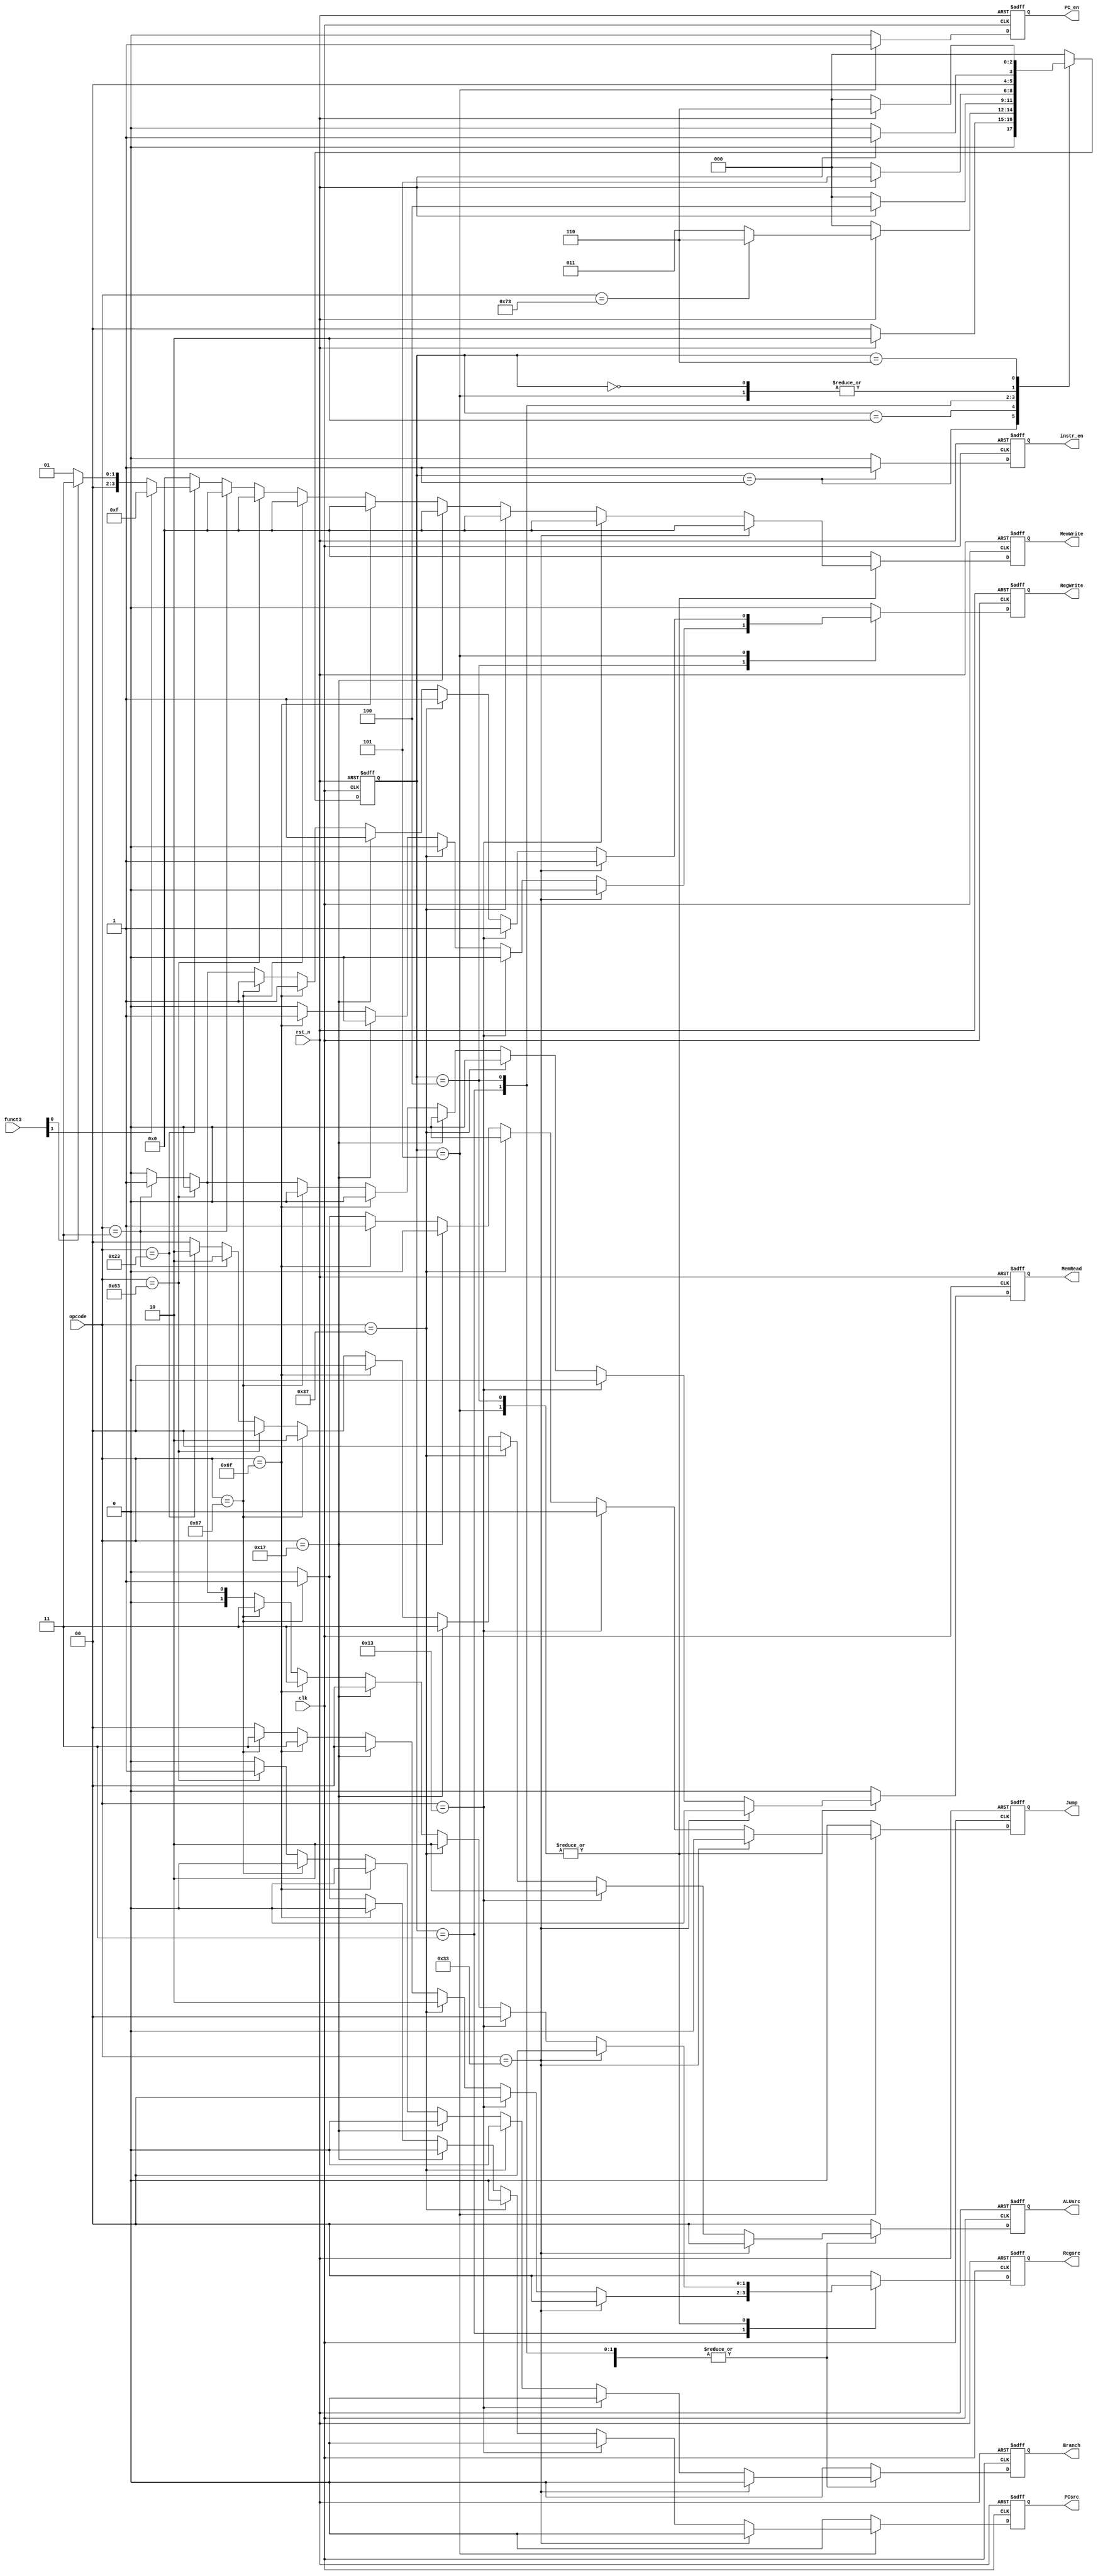
`timescale 1ns / 1ps
//////////////////////////////////////////////////////////////////////////////////
// Company: 
// Engineer: 
// 
// Design Name: 
// Module Name: processor_ctrl
// Project Name: 
// Target Devices: 
// Tool Versions: 
// Description: 
// 
// Dependencies: 
// 
// Revision:
// Revision 0.01 - File Created
// Additional Comments:
// 
//////////////////////////////////////////////////////////////////////////////////


module processor_ctrl(
    clk,
    rst_n,
    opcode,
    funct3,
    Branch,
    Jump,
    MemRead,
    Regsrc,
    MemWrite,
    PCsrc,
    ALUsrc,
    RegWrite,
    PC_en,
    instr_en
);

input   wire            clk;
input   wire            rst_n;
input   wire    [6:0]   opcode;
input   wire    [2:0]   funct3;

output  reg             Branch;
output  reg             Jump;
output  reg             MemRead;
output  reg     [1:0]   Regsrc;
output  reg     [3:0]   MemWrite;
output  reg             PCsrc;
output  reg     [1:0]   ALUsrc;
output  reg             RegWrite;
output  reg             PC_en;
output  reg             instr_en;


reg                     Branch_tmp;
reg                     Jump_tmp;
reg                     PCsrc_tmp;
reg                     MemRead_tmp;
reg             [1:0]   Regsrc_tmp;
reg             [3:0]   MemWrite_tmp;
reg             [1:0]   ALUsrc_tmp;
reg                     RegWrite_tmp;
reg                     PC_en_tmp;
reg                     instr_en_tmp;


//////////////////////////////////////////////////////////////////////////////////
//FSM
//////////////////////////////////////////////////////////////////////////////////
reg             [2:0]   state;
reg             [2:0]   next_state;

parameter INIT  = 3'b000;
parameter IF    = 3'b001;
parameter ID    = 3'b010;
parameter EX    = 3'b011;
parameter MEM   = 3'b100;
parameter WB    = 3'b101;
parameter HALT  = 3'b110;


always @(posedge clk or negedge rst_n) begin
    if(!rst_n)
        state   <= IF;
    else
        state   <= next_state;
end

//////////////////////////////////////////////////////////////////////////////////
//Ctrl
//////////////////////////////////////////////////////////////////////////////////
always @(*) begin
    case(state)
        INIT: begin
            Branch_tmp      = 1'b0;
            Jump_tmp        = 1'b0;
            PCsrc_tmp       = 1'b0;
            MemRead_tmp     = 1'b0;
            Regsrc_tmp      = 2'b00;
            MemWrite_tmp    = 4'b0000;
            ALUsrc_tmp      = 1'b0;
            RegWrite_tmp    = 1'b0;
            PC_en_tmp       = 1'b0;
            instr_en_tmp    = 1'b0;
        end
        IF: begin
            Branch_tmp      = 1'b0;
            Jump_tmp        = 1'b0;
            PCsrc_tmp       = 1'b0;
            MemRead_tmp     = 1'b0;
            Regsrc_tmp      = 2'b00;
            MemWrite_tmp    = 4'b0000;
            ALUsrc_tmp      = 1'b0;
            RegWrite_tmp    = 1'b0;
            PC_en_tmp       = 1'b0;
            instr_en_tmp    = 1'b1;
        end
        ID: begin
            Branch_tmp      = 1'b0;
            Jump_tmp        = 1'b0;
            PCsrc_tmp       = 1'b0;
            MemRead_tmp     = 1'b0;
            Regsrc_tmp      = 2'b00;
            MemWrite_tmp    = 4'b0000;
            ALUsrc_tmp      = 1'b0;
            RegWrite_tmp    = 1'b0;
            PC_en_tmp       = 1'b0;
            instr_en_tmp    = 1'b0;
        end
        EX: begin
            PC_en_tmp       = 1'b0;
            instr_en_tmp    = 1'b0;
            if(opcode == 7'b0110011) begin                               //Rtype
                Branch_tmp      = 1'b0;
                Jump_tmp        = 1'b0;
                PCsrc_tmp       = 1'b0;
                MemRead_tmp     = 1'b0;
                Regsrc_tmp      = 2'b00;
                MemWrite_tmp    = 4'b0000;
                ALUsrc_tmp      = 2'b00;         //op2 from regfile
                RegWrite_tmp    = 1'b0;
            end
            else if(opcode == 7'b0010011) begin                          //Itype
                Branch_tmp      = 1'b0;
                Jump_tmp        = 1'b0;
                PCsrc_tmp       = 1'b0;
                MemRead_tmp     = 1'b0;
                Regsrc_tmp      = 2'b00;
                MemWrite_tmp    = 4'b0000;
                ALUsrc_tmp      = 2'b10;         //op2 from immgen
                RegWrite_tmp    = 1'b0;
            end
            else if(opcode == 7'b0110111) begin                          //LUI
                Branch_tmp      = 1'b0;
                Jump_tmp        = 1'b0;
                PCsrc_tmp       = 1'b0;
                MemRead_tmp     = 1'b0;
                Regsrc_tmp      = 2'b10;        //select immgen
                MemWrite_tmp    = 4'b0000;
                ALUsrc_tmp      = 1'b0;
                RegWrite_tmp    = 1'b0;            
            end
            else if(opcode == 7'b0010111) begin                          //AUIPC
                Branch_tmp      = 1'b0;
                Jump_tmp        = 1'b0;
                PCsrc_tmp       = 1'b0;
                MemRead_tmp     = 1'b0;
                Regsrc_tmp      = 2'b00;        //select pcadder
                MemWrite_tmp    = 4'b0000;
                ALUsrc_tmp      = 2'b11;        //op1-pc, op2-imm
                RegWrite_tmp    = 1'b0;            
            end
            else if(opcode == 7'b1101111) begin                          //JAL
                Branch_tmp      = 1'b0;
                Jump_tmp        = 1'b0;
                PCsrc_tmp       = 1'b0;
                MemRead_tmp     = 1'b0;
                Regsrc_tmp      = 2'b11;        //select pc+4
                MemWrite_tmp    = 4'b0000;
                ALUsrc_tmp      = 2'b00;
                RegWrite_tmp    = 1'b0;
            end
            else if(opcode == 7'b1100111) begin                          //JALR
                Branch_tmp      = 1'b0;
                Jump_tmp        = 1'b0;
                PCsrc_tmp       = 1'b0;
                MemRead_tmp     = 1'b0;
                Regsrc_tmp      = 2'b11;        //select pc+4
                MemWrite_tmp    = 4'b0000;
                ALUsrc_tmp      = 2'b10;         //op2 from imm
                RegWrite_tmp    = 1'b0;            
            end
            else if(opcode == 7'b1100011) begin                          //Branch_tmp
                Branch_tmp      = 1'b1;
                Jump_tmp        = 1'b0;
                PCsrc_tmp       = 1'b0;
                MemRead_tmp     = 1'b0;
                Regsrc_tmp      = 2'b00;
                MemWrite_tmp    = 4'b0000;
                ALUsrc_tmp      = 2'b00;
                RegWrite_tmp    = 1'b0;            
            end
            else if(opcode == 7'b0000011) begin                          //Load
                Branch_tmp      = 1'b0;
                Jump_tmp        = 1'b0;
                PCsrc_tmp       = 1'b0;
                MemRead_tmp     = 1'b0;
                Regsrc_tmp      = 2'b00;
                MemWrite_tmp    = 4'b0000;
                ALUsrc_tmp      = 2'b10;
                RegWrite_tmp    = 1'b0;            
            end
            else if(opcode == 7'b0100011) begin                          //Save
                Branch_tmp      = 1'b0;
                Jump_tmp        = 1'b0;
                PCsrc_tmp       = 1'b0;
                MemRead_tmp     = 1'b0;
                Regsrc_tmp      = 2'b00;
                MemWrite_tmp    = 4'b0000;
                ALUsrc_tmp      = 2'b10;
                RegWrite_tmp    = 1'b0;           
            end
            else if(opcode == 7'b0001111) begin                          //Fence
                Branch_tmp      = 1'b0;
                Jump_tmp        = 1'b0;
                PCsrc_tmp       = 1'b0;
                MemRead_tmp     = 1'b0;
                Regsrc_tmp      = 2'b00;
                MemWrite_tmp    = 4'b0000;
                ALUsrc_tmp      = 2'b00;
                RegWrite_tmp    = 1'b0;            
            end
            else begin
                Branch_tmp      = 1'b0;
                Jump_tmp        = 1'b0;
                PCsrc_tmp       = 1'b0;
                MemRead_tmp     = 1'b0;
                Regsrc_tmp      = 2'b00;
                MemWrite_tmp    = 4'b0000;
                ALUsrc_tmp      = 2'b00;
                RegWrite_tmp    = 1'b0;
            end
        end
        MEM: begin
            PC_en_tmp       = 1'b0;
            instr_en_tmp    = 1'b0;
            if(opcode == 7'b0110011) begin                               //Rtype
                Branch_tmp      = 1'b0;
                Jump_tmp        = 1'b0;
                PCsrc_tmp       = 1'b0;
                MemRead_tmp     = 1'b0;
                Regsrc_tmp      = 2'b00;
                MemWrite_tmp    = 4'b0000;
                ALUsrc_tmp      = 2'b00;         //op2 from regfile
                RegWrite_tmp    = 1'b0;
            end
            else if(opcode == 7'b0010011) begin                          //Itype
                Branch_tmp      = 1'b0;
                Jump_tmp        = 1'b0;
                PCsrc_tmp       = 1'b0;
                MemRead_tmp     = 1'b0;
                Regsrc_tmp      = 2'b00;
                MemWrite_tmp    = 4'b0000;
                ALUsrc_tmp      = 2'b10;         //op2 from immgen
                RegWrite_tmp    = 1'b0;
            end
            else if(opcode == 7'b0110111) begin                          //LUI
                Branch_tmp      = 1'b0;
                Jump_tmp        = 1'b0;
                PCsrc_tmp       = 1'b0;
                MemRead_tmp     = 1'b0;
                Regsrc_tmp      = 2'b10;        //select immgen
                MemWrite_tmp    = 4'b0000;
                ALUsrc_tmp      = 2'b00;
                RegWrite_tmp    = 1'b0;            
            end
            else if(opcode == 7'b0010111) begin                          //AUIPC
                Branch_tmp      = 1'b0;
                Jump_tmp        = 1'b0;
                PCsrc_tmp       = 1'b0;
                MemRead_tmp     = 1'b0;
                Regsrc_tmp      = 2'b00;        //select pcadder
                MemWrite_tmp    = 4'b0000;
                ALUsrc_tmp      = 2'b11;
                RegWrite_tmp    = 1'b0;            
            end
            else if(opcode == 7'b1101111) begin                          //JAL
                Branch_tmp      = 1'b0;
                Jump_tmp        = 1'b0;
                PCsrc_tmp       = 1'b0;
                MemRead_tmp     = 1'b0;
                Regsrc_tmp      = 2'b11;        //select pc+4
                MemWrite_tmp    = 4'b0000;
                ALUsrc_tmp      = 2'b00;
                RegWrite_tmp    = 1'b1;
            end
            else if(opcode == 7'b1100111) begin                          //JALR
                Branch_tmp      = 1'b0;
                Jump_tmp        = 1'b0;
                PCsrc_tmp       = 1'b0;
                MemRead_tmp     = 1'b0;
                Regsrc_tmp      = 2'b11;        //select pc+4
                MemWrite_tmp    = 4'b0000;
                ALUsrc_tmp      = 2'b10;         //op2 from imm
                RegWrite_tmp    = 1'b0;            
            end
            else if(opcode == 7'b1100011) begin                          //Branch_tmp
                Branch_tmp      = 1'b1;
                Jump_tmp        = 1'b0;
                PCsrc_tmp       = 1'b0;
                MemRead_tmp     = 1'b0;
                Regsrc_tmp      = 2'b00;
                MemWrite_tmp    = 4'b0000;
                ALUsrc_tmp      = 2'b00;
                RegWrite_tmp    = 1'b0;            
            end
            else if(opcode == 7'b0000011) begin                          //Load
                Branch_tmp      = 1'b0;
                Jump_tmp        = 1'b0;
                PCsrc_tmp       = 1'b0;
                MemRead_tmp     = 1'b1;
                Regsrc_tmp      = 2'b01;
                MemWrite_tmp    = 4'b0000;
                ALUsrc_tmp      = 2'b10;
                RegWrite_tmp    = 1'b0;            
            end
            else if(opcode == 7'b0100011) begin                          //Save
                Branch_tmp      = 1'b0;
                Jump_tmp        = 1'b0;
                PCsrc_tmp       = 1'b0;
                MemRead_tmp     = 1'b0;
                Regsrc_tmp      = 2'b00;
                MemWrite_tmp    = funct3[1] ? 4'b1111 : funct3[0] ? 4'b0011 : 4'b0001;
                ALUsrc_tmp      = 2'b10;
                RegWrite_tmp    = 1'b0;           
            end
            else if(opcode == 7'b0001111) begin                          //Fence
                Branch_tmp      = 1'b0;
                Jump_tmp        = 1'b0;
                PCsrc_tmp       = 1'b0;
                MemRead_tmp     = 1'b0;
                Regsrc_tmp      = 2'b00;
                MemWrite_tmp    = 4'b0000;
                ALUsrc_tmp      = 2'b00;
                RegWrite_tmp    = 1'b0;            
            end
            else begin
                Branch_tmp      = 1'b0;
                Jump_tmp        = 1'b0;
                PCsrc_tmp       = 1'b0;
                MemRead_tmp     = 1'b0;
                Regsrc_tmp      = 2'b00;
                MemWrite_tmp    = 4'b0000;
                ALUsrc_tmp      = 2'b00;
                RegWrite_tmp    = 1'b0;
            end            
        end
        WB: begin
            instr_en_tmp    = 1'b0;
            PC_en_tmp       = 1'b1;
            if(opcode == 7'b0110011) begin                               //Rtype
                Branch_tmp      = 1'b0;
                Jump_tmp        = 1'b0;
                PCsrc_tmp       = 1'b0;
                MemRead_tmp     = 1'b0;
                Regsrc_tmp      = 2'b00;
                MemWrite_tmp    = 4'b0000;
                ALUsrc_tmp      = 2'b00;         //op2 from regfile
                RegWrite_tmp    = 1'b1;
            end
            else if(opcode == 7'b0010011) begin                          //Itype
                Branch_tmp      = 1'b0;
                Jump_tmp        = 1'b0;
                PCsrc_tmp       = 1'b0;
                MemRead_tmp     = 1'b0;
                Regsrc_tmp      = 2'b00;
                MemWrite_tmp    = 4'b0000;
                ALUsrc_tmp      = 2'b10;         //op2 from immgen
                RegWrite_tmp    = 1'b1;
            end
            else if(opcode == 7'b0110111) begin                          //LUI
                Branch_tmp      = 1'b0;
                Jump_tmp        = 1'b0;
                PCsrc_tmp       = 1'b0;
                MemRead_tmp     = 1'b0;
                Regsrc_tmp      = 2'b10;        //select immgen
                MemWrite_tmp    = 4'b0000;
                ALUsrc_tmp      = 2'b00;
                RegWrite_tmp    = 1'b1; 
            end
            else if(opcode == 7'b0010111) begin                          //AUIPC
                Branch_tmp      = 1'b0;
                Jump_tmp        = 1'b0;
                PCsrc_tmp       = 1'b0;
                MemRead_tmp     = 1'b0;
                Regsrc_tmp      = 2'b00;        //select alu
                MemWrite_tmp    = 4'b0000;
                ALUsrc_tmp      = 2'b11;
                RegWrite_tmp    = 1'b1; 
            end
            else if(opcode == 7'b1101111) begin                          //JAL
                Branch_tmp      = 1'b0;
                Jump_tmp        = 1'b1;
                PCsrc_tmp       = 1'b0;
                MemRead_tmp     = 1'b0;
                Regsrc_tmp      = 2'b11;        //select pc+4
                MemWrite_tmp    = 4'b0000;
                ALUsrc_tmp      = 2'b00;
                RegWrite_tmp    = 1'b1;
            end
            else if(opcode == 7'b1100111) begin                          //JALR
                Branch_tmp      = 1'b0;
                Jump_tmp        = 1'b1;
                PCsrc_tmp       = 1'b1;
                MemRead_tmp     = 1'b0;
                Regsrc_tmp      = 2'b11;        //select pc+4
                MemWrite_tmp    = 4'b0000;
                ALUsrc_tmp      = 2'b10;         //op2 from imm
                RegWrite_tmp    = 1'b1;  
            end
            else if(opcode == 7'b1100011) begin                          //Branch_tmp
                Branch_tmp      = 1'b1;
                Jump_tmp        = 1'b0;
                PCsrc_tmp       = 1'b0;
                MemRead_tmp     = 1'b0;
                Regsrc_tmp      = 2'b00;
                MemWrite_tmp    = 4'b0000;
                ALUsrc_tmp      = 2'b00;
                RegWrite_tmp    = 1'b0; 
            end
            else if(opcode == 7'b0000011) begin                          //Load
                Branch_tmp      = 1'b0;
                Jump_tmp        = 1'b0;
                PCsrc_tmp       = 1'b0;
                MemRead_tmp     = 1'b1;
                Regsrc_tmp      = 2'b01;
                MemWrite_tmp    = 4'b0000;
                ALUsrc_tmp      = 2'b10;
                RegWrite_tmp    = 1'b1;   
            end
            else if(opcode == 7'b0100011) begin                          //Save
                Branch_tmp      = 1'b0;
                Jump_tmp        = 1'b0;
                PCsrc_tmp       = 1'b0;
                MemRead_tmp     = 1'b0;
                Regsrc_tmp      = 2'b00;
                MemWrite_tmp    = funct3[1] ? 4'b1111 : funct3[0] ? 4'b0011 : 4'b0001;
                ALUsrc_tmp      = 2'b10;
                RegWrite_tmp    = 1'b0;    
            end
            else if(opcode == 7'b0001111) begin                          //Fence
                Branch_tmp      = 1'b0;
                Jump_tmp        = 1'b0;
                PCsrc_tmp       = 1'b0;
                MemRead_tmp     = 1'b0;
                Regsrc_tmp      = 2'b00;
                MemWrite_tmp    = 4'b0000;
                ALUsrc_tmp      = 2'b00;
                RegWrite_tmp    = 1'b0;     
            end
            else begin
                Branch_tmp      = 1'b0;
                Jump_tmp        = 1'b0;
                PCsrc_tmp       = 1'b0;
                MemRead_tmp     = 1'b0;
                Regsrc_tmp      = 2'b00;
                MemWrite_tmp    = 4'b0000;
                ALUsrc_tmp      = 2'b00;
                RegWrite_tmp    = 1'b0;
            end
        end
        default: begin
            Branch_tmp      = 1'b0;
            Jump_tmp        = 1'b0;
            PCsrc_tmp       = 1'b0;
            MemRead_tmp     = 1'b0;
            Regsrc_tmp      = 2'b00;
            MemWrite_tmp    = 4'b0000;
            ALUsrc_tmp      = 2'b00;
            RegWrite_tmp    = 1'b0;
            instr_en_tmp    = 1'b0;
            PC_en_tmp       = 1'b0;
        end
    endcase        
end

always @(posedge clk or negedge rst_n) begin
    if(!rst_n) begin
        Branch      <= 1'b0;
        Jump        <= 1'b0;
        PCsrc       <= 1'b0;
        MemRead     <= 1'b0;
        Regsrc      <= 2'b00;
        MemWrite    <= 4'b0000;
        ALUsrc      <= 2'b00;
        RegWrite    <= 1'b0;
        instr_en    <= 1'b0;
        PC_en       <= 1'b0; 
    end
    else begin
        Branch      <= Branch_tmp  ;
        Jump        <= Jump_tmp    ;
        PCsrc       <= PCsrc_tmp   ;
        MemRead     <= MemRead_tmp ;
        Regsrc      <= Regsrc_tmp  ;
        MemWrite    <= MemWrite_tmp;
        ALUsrc      <= ALUsrc_tmp  ;
        RegWrite    <= RegWrite_tmp;
        instr_en    <= instr_en_tmp;
        PC_en       <= PC_en_tmp   ; 
    end
end

//FSM_LUT
always @(*) begin
    case(state)
        INIT:
            if(!rst_n)
                next_state = INIT;
            else
                next_state = IF;
        IF:
            if(!rst_n)
                next_state = INIT;
            else
                next_state = ID;
        ID:
            if(!rst_n)
                next_state = INIT;
            else if(opcode == 7'b1110011)
                next_state = HALT;
            else
                next_state = EX;
        EX:
            if(!rst_n)
                next_state = INIT;
            else
                next_state = MEM;
        MEM:
            if(!rst_n)
                next_state = INIT;
            else
                next_state = WB;
        WB:
            if(!rst_n)
                next_state = INIT;
            else
                next_state = IF;
        HALT:
            if(!rst_n)
                next_state = INIT;
            else
                next_state = HALT;
        default:
            next_state = INIT;
    endcase
end


endmodule